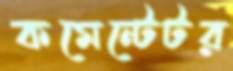
কমেন্টেটর